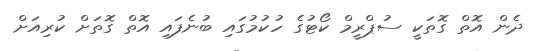
ދެން އޮތް ގޮތަކީ ސުޕްރީމް ކޯޓުގެ ހުކުމުގައި ބުނެފައި އޮތް ގޮތަށް ކުރިއަށް